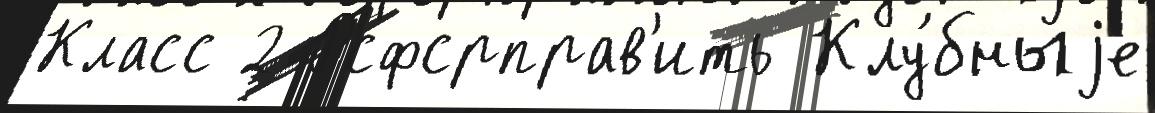
Класс 2 Рсфсрправ'ить Клу́бныjе